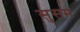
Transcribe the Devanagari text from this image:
सुसम